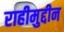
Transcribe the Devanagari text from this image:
राहीमुद्दीन